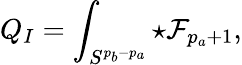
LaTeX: Q_{I}=\int_{S^{p_{b}-p_{a}}}\star{\cal F}_{p_{a}+1},